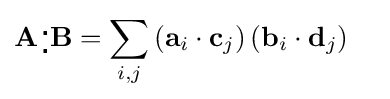
{\begin{aligned}\mathbf {A} {}_{\,\centerdot }^{\,\centerdot }\mathbf {B} &=\sum _{i,j}\left(\mathbf {a} _{i}\cdot \mathbf {c} _{j}\right)\left(\mathbf {b} _{i}\cdot \mathbf {d} _{j}\right)\end{aligned}}